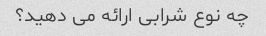
چه نوع شرابی ارائه می دهید؟